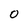
Character: 0